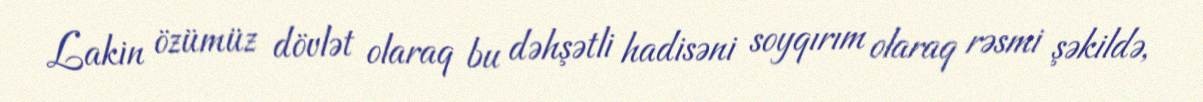
Lakin özümüz dövlət olaraq bu dəhşətli hadisəni soyqırım olaraq rəsmi şəkildə,